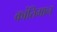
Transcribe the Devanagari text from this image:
कांतिमान्‌